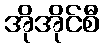
အိုအိုင်စီ